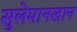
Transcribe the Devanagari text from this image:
सुलेमानखान